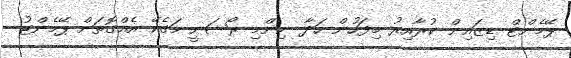
ޕޭމެންޓް ޑިޒައިން ކުރާއިރު މިފަހުން ހަދާ ނިންމި ރޯޝަނީ މަގެކޭ އެއްގޮތަށް ޕޭމެންޓު